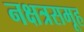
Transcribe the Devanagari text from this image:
नक्षत्रसमूह